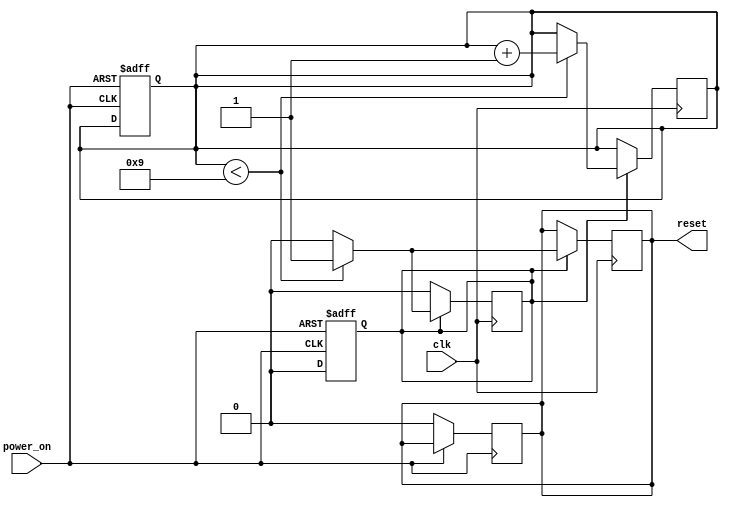
module power_on_reset (
    input wire clk,          // Clock signal
    input wire power_on,     // Power-on signal
    output reg reset         // Reset signal
);

    // Parameter for reset duration in clock cycles
    parameter RESET_DURATION = 10; // Adjust as needed for your design

    // State variable to count the duration of the reset
    reg [3:0] counter; // 4-bit counter for up to 15 clock cycles

    // State to indicate if the reset sequence is active
    reg reset_active;

    // Asynchronous reset logic
    always @(posedge power_on or negedge power_on) begin
        if (power_on) begin
            // Start the reset sequence
            reset_active <= 1'b1;
            counter <= 4'b0000; // Reset counter
        end else begin
            // If power is removed, ensure reset is deasserted
            reset_active <= 1'b0;
            reset <= 1'b0;
        end
    end

    // Synchronous logic to manage the reset duration
    always @(posedge clk) begin
        if (reset_active) begin
            if (counter < RESET_DURATION - 1) begin
                counter <= counter + 1;
                reset <= 1'b1; // Keep reset asserted
            end else begin
                reset <= 1'b0; // Deassert reset after duration
                reset_active <= 1'b0; // End reset sequence
            end
        end
    end

endmodule